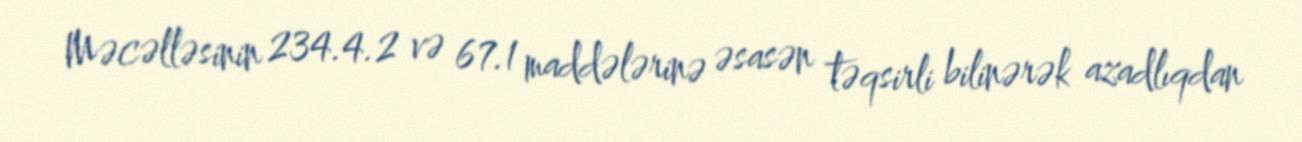
Məcəlləsinin 234.4.2 və 67.1 maddələrinə əsasən təqsirli bilinərək azadlıqdan